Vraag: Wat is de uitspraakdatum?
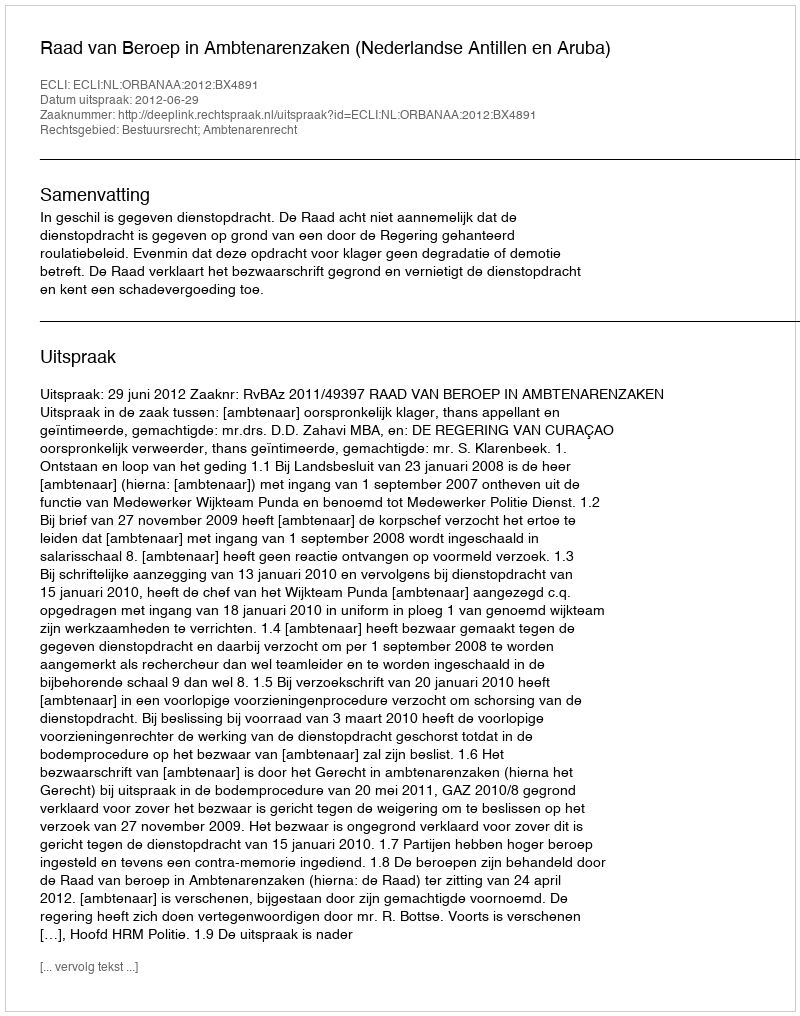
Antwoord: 2012-06-29